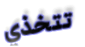
تتخذي